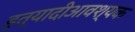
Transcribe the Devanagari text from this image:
इत्यादीआवश्यक